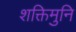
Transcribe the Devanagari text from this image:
शक्तिमुनि